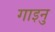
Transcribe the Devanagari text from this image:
गाइनु